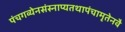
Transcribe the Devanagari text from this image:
पंचगव्येनसंस्नाप्यतथापंचामृतेनवै